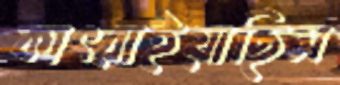
কাৎরাইয়াছিস